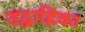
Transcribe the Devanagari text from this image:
उद्वाहिका